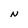
Character: N